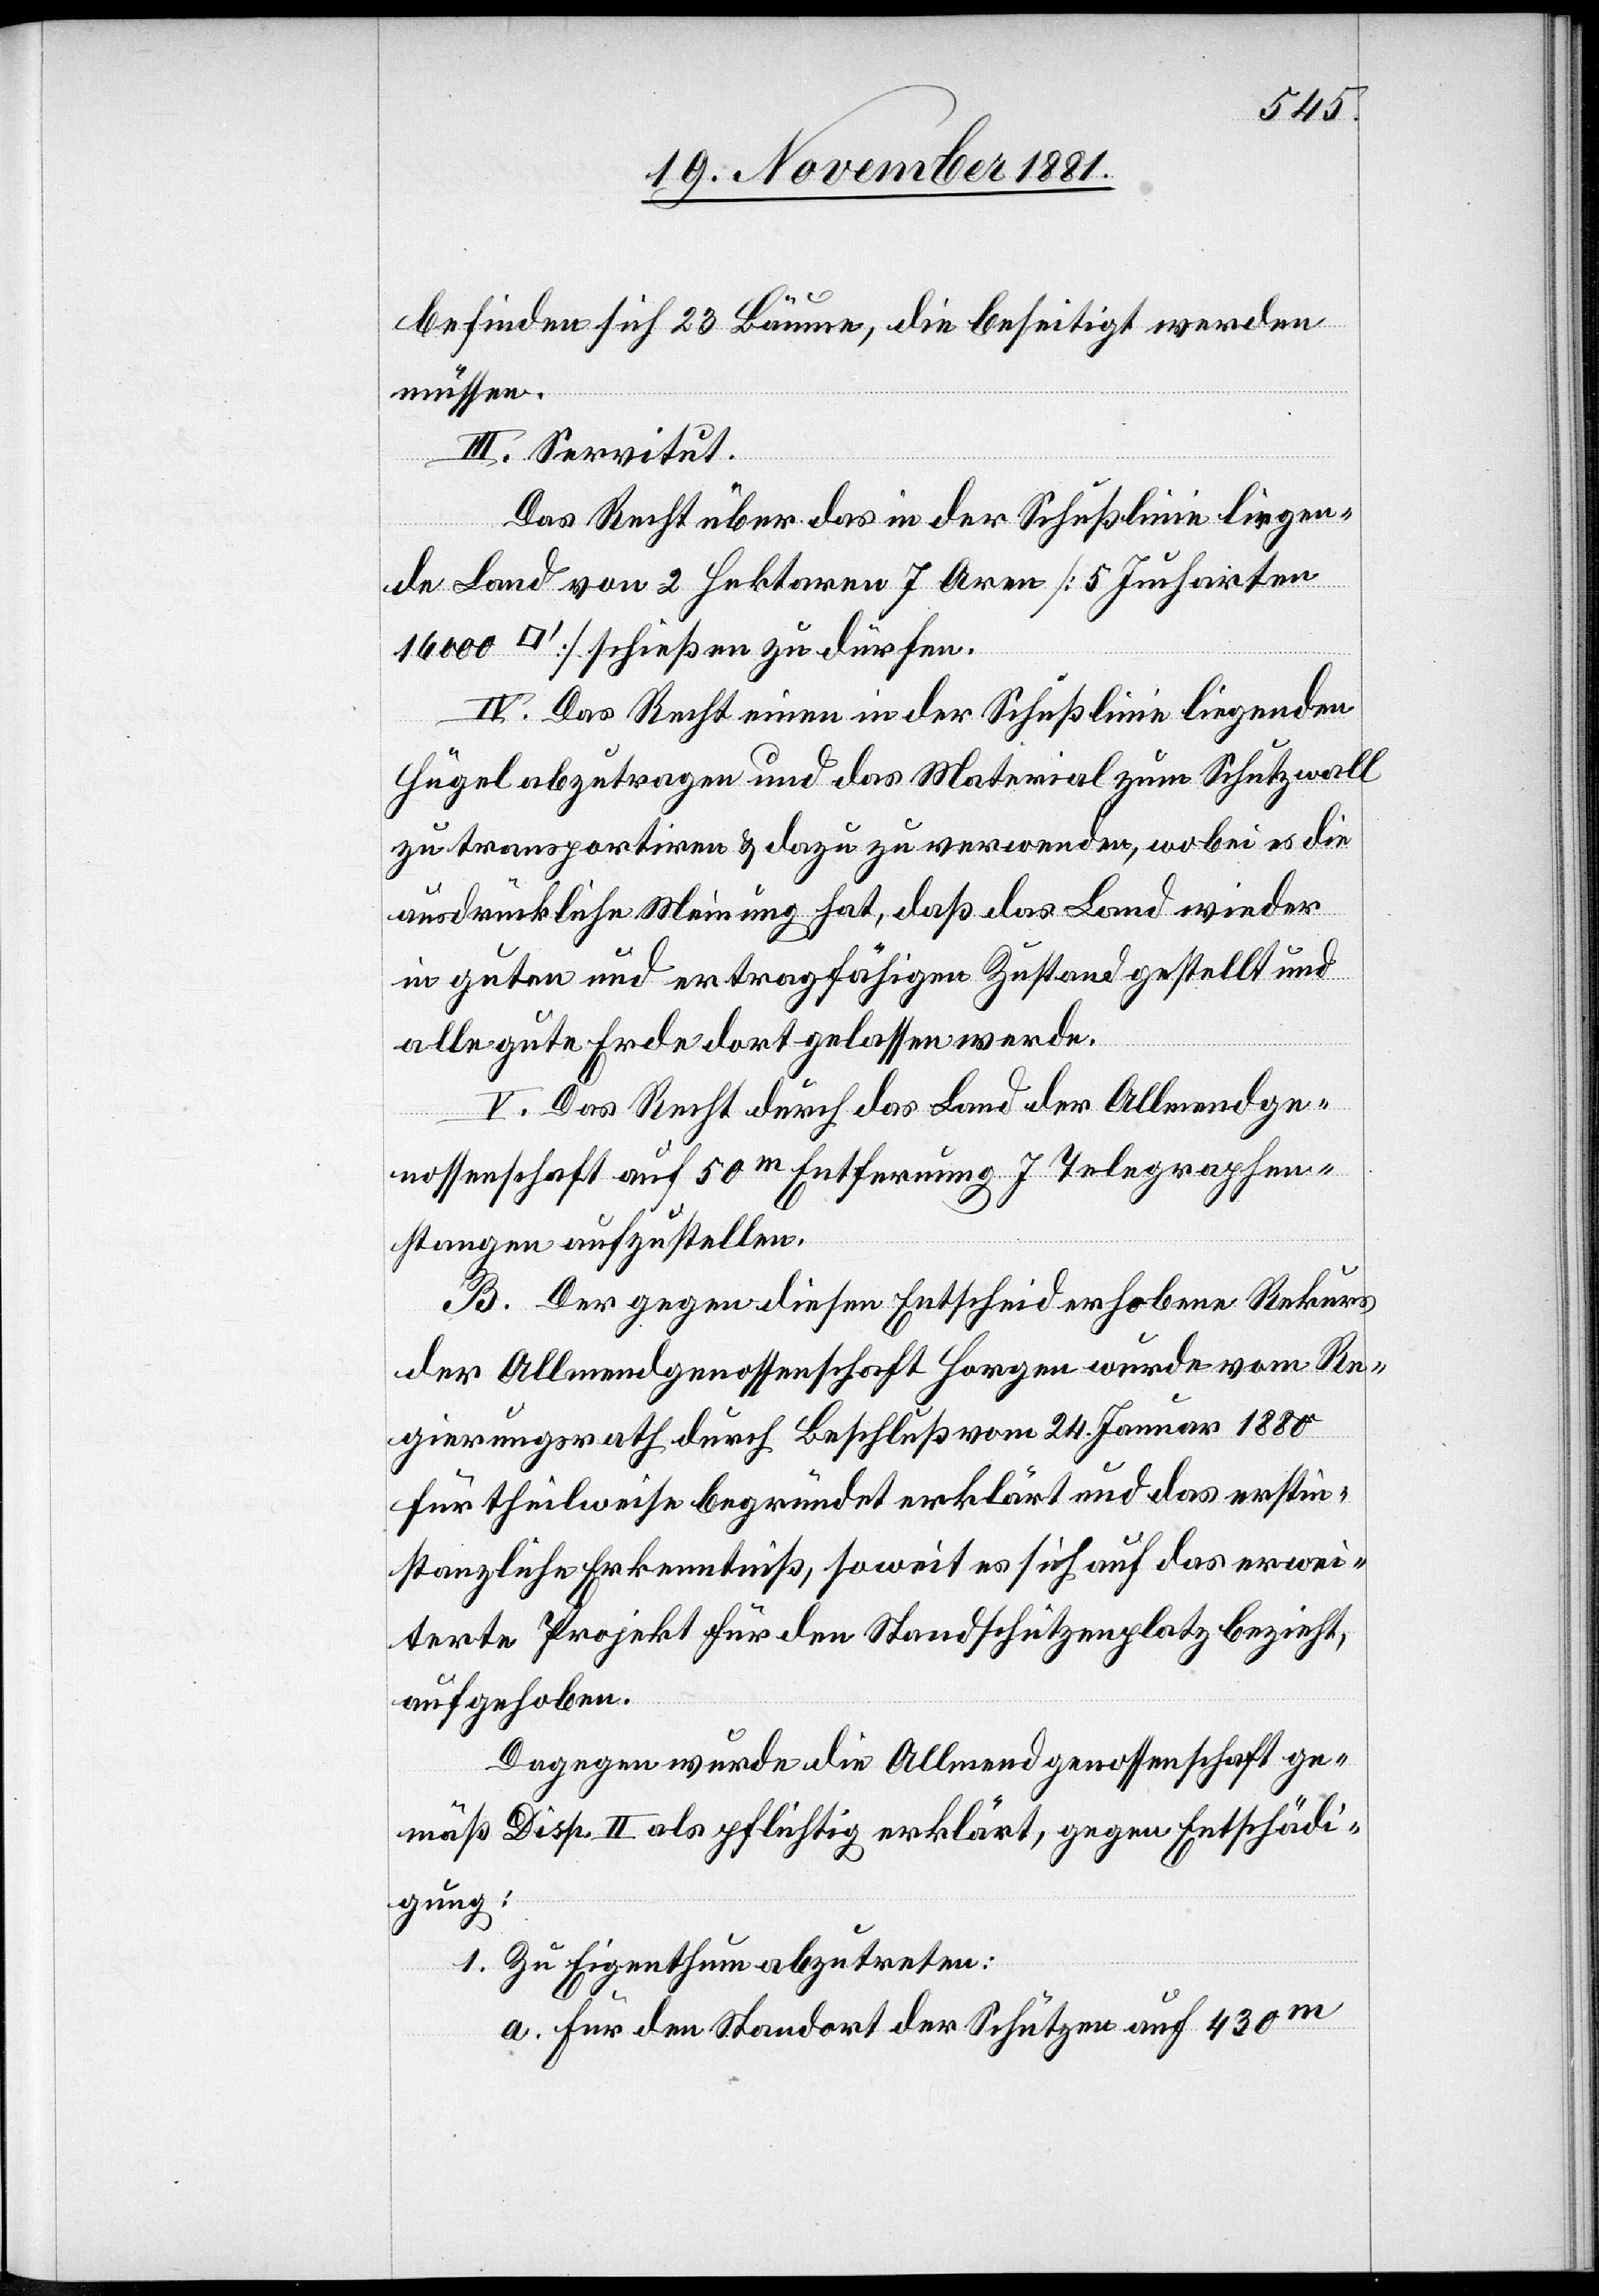
000
befinden sich 23 Bäume, die beseitigt werden
müssen.
III. Servitut.
[Quadra¬
Das Recht über das in der Schußlinie liegen¬
de Land von 2 Hektaren 7 Aren [5 Jucharten
tfuß]] schießen zu dürfen.
IV. Das Recht einen in der Schußlinie liegenden
Hügel abzutragen und das Material zum Schutzwall
zu transportiren & dazu zu verwenden, wobei es die
ausdrückliche Meinung hat, daß das Land wieder
in guten und ertragfähigen Zustand gestellt und
alle gute Erde dort gelassen werde.
V. Das Recht durch das Land der Allmendge¬
nossenschaft auf 50m Entfernung 7 Telegraphen¬
stangen aufzustellen.
B. Der gegen diesen Entscheid erhobene Rekurs
der Allmendgenossenschaft Horgen wurde vom Re¬
gierungsrath durch Beschluß vom 24. Januar 1880
für teilweise begründet erklärt und das erstin¬
stanzliche Erkenntniß, soweit es sich auf das erwei¬
terte Projekt für den Standschützenplatz bezieht,
aufgehoben.
Dagegen wurde die Allmendgenossenschaft ge¬
mäß Disp. II als pflichtig erklärt, gegen Entschädi¬
gung:
1. Zu Eigenthum abzutreten:
a. Für den Standort der Schützen auf 430m